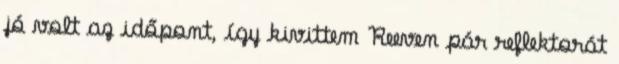
jó volt az időpont, így kivittem Reeven pár reflektorát